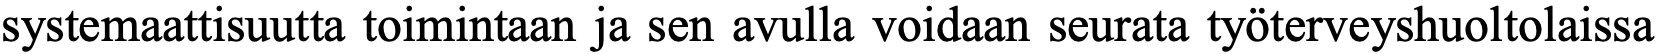
systemaattisuutta toimintaan ja sen avulla voidaan seurata työterveyshuoltolaissa